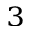
^ 3